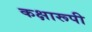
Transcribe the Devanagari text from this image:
कक्षारूपी